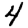
Digit: 4